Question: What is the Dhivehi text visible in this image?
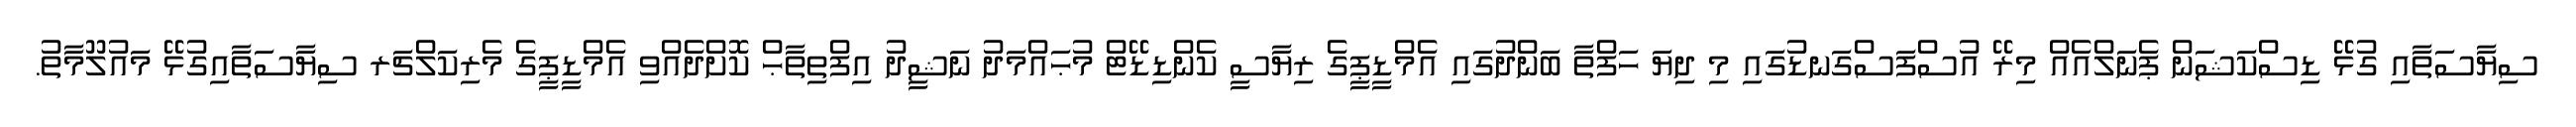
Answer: ސިޔާސަތާއި ގުޅޭ ޑިސްކަޝަން ޕެނަލްއެއް މިރޭ އުސްފަސްގަނޑުގައި މި ދިޔަ ހަފްތާ ބަންދުގައި އެމްޑީޕީގެ ރިޔާސީ ކެންޑިޑޭޓް މުޙައްމަދު ނަޝީދު އިފްތިތާޙް ކޮށްދެއްވި އެމްޑީޕީގެ މެރިކަލްޗަރ ސިޔާސަތާއިގުޅޭ މައުލޫމާތު.